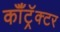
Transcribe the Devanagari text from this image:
कॉँट्रॅक्टर